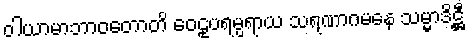
ဝါယာမာဘာဝတောတိ ဝေဠုပရမ္ပရာယ သရဏာဂမနေ သမ္မာဒိဋ္ဌီ